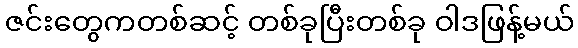
ဇင်းတွေကတစ်ဆင့် တစ်ခုပြီးတစ်ခု ဝါဒဖြန့်မယ်